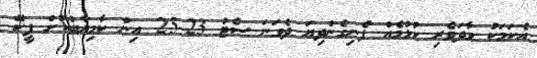
އެކަމަކު ވާދަވެރި ކުޅުމެއް ފެނިގެންދިޔަ ދެވަނަ ސެޓު 23-25 އިން ކާމިޔާބުކޮށް ޕީކޭ